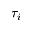
\tau _ { i }